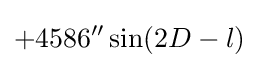
+4586''\sin(2D-l)